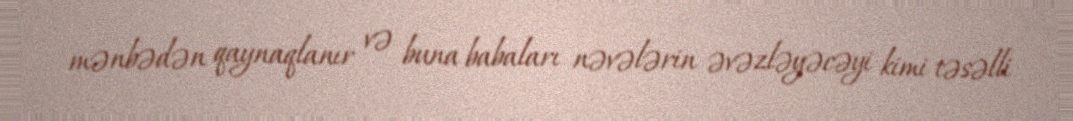
mənbədən qaynaqlanır və buna babaları nəvələrin əvəzləyəcəyi kimi təsəlli